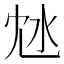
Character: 沊